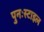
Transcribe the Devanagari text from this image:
पुनःस्टाइल